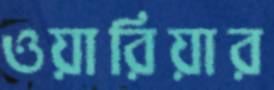
ওয়ারিয়ার